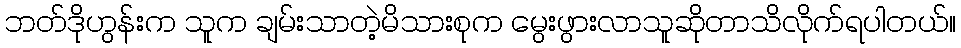
ဘတ်ဒိုဟွန်းက သူက ချမ်းသာတဲ့မိသားစုက မွေးဖွားလာသူဆိုတာသိလိုက်ရပါတယ်။